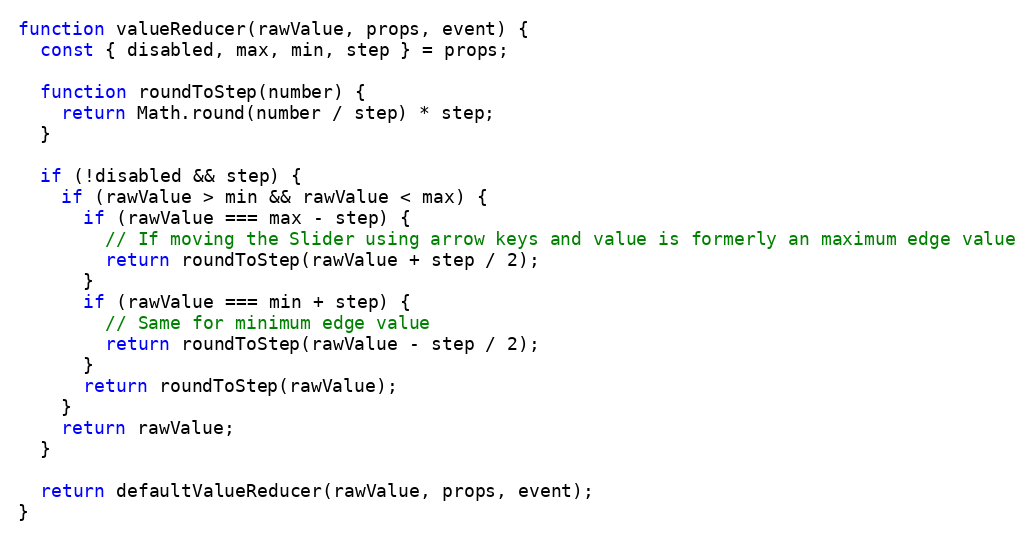
Language: JavaScript
function valueReducer(rawValue, props, event) {
  const { disabled, max, min, step } = props;

  function roundToStep(number) {
    return Math.round(number / step) * step;
  }

  if (!disabled && step) {
    if (rawValue > min && rawValue < max) {
      if (rawValue === max - step) {
        // If moving the Slider using arrow keys and value is formerly an maximum edge value
        return roundToStep(rawValue + step / 2);
      }
      if (rawValue === min + step) {
        // Same for minimum edge value
        return roundToStep(rawValue - step / 2);
      }
      return roundToStep(rawValue);
    }
    return rawValue;
  }

  return defaultValueReducer(rawValue, props, event);
}